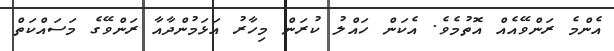
އެންމެ ރަންވޭއެއް އޮތުމެވެ. އެކަން ހައްލު ކުރަން މިހާރު އަޅަމުންދާއާ ރަންވޭގެ މަސައްކަތް